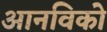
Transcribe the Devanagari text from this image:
आनविको